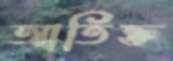
আতিক্ত